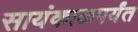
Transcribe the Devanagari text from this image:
सायंकाळपर्यंत